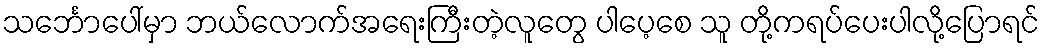
သင်္ဘောပေါ်မှာ ဘယ်လောက်အရေးကြီးတဲ့လူတွေ ပါပေ့စေ သူ တို့ကရပ်ပေးပါလို့ပြောရင်